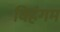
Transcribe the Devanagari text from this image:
विहंगम